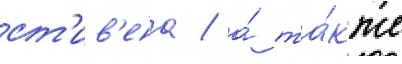
ст'ив'ена / а́ та́кже